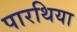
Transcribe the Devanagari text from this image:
पारथिया